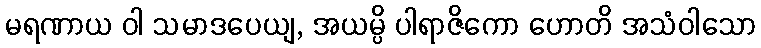
မရဏာယ ဝါ သမာဒပေယျ, အယမ္ပိ ပါရာဇိကော ဟောတိ အသံဝါသော